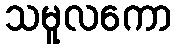
သမူလကော